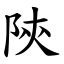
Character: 陝